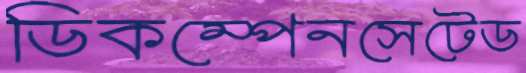
ডিকম্পেনসেটেড